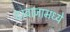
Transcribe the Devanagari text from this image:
दरवाजामध्ये